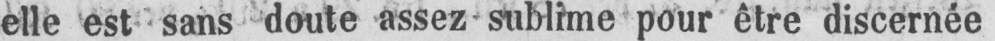
elle est sans doute assez sublime pour être discernée